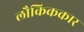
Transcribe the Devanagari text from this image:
लौकिककार